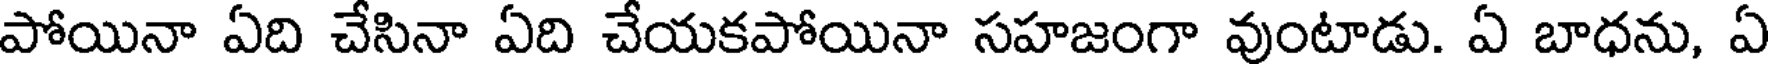
పోయినా ఏది చేసినా ఏది చేయకపోయినా సహజంగా వుంటాడు. ఏ బాధను, ఏ